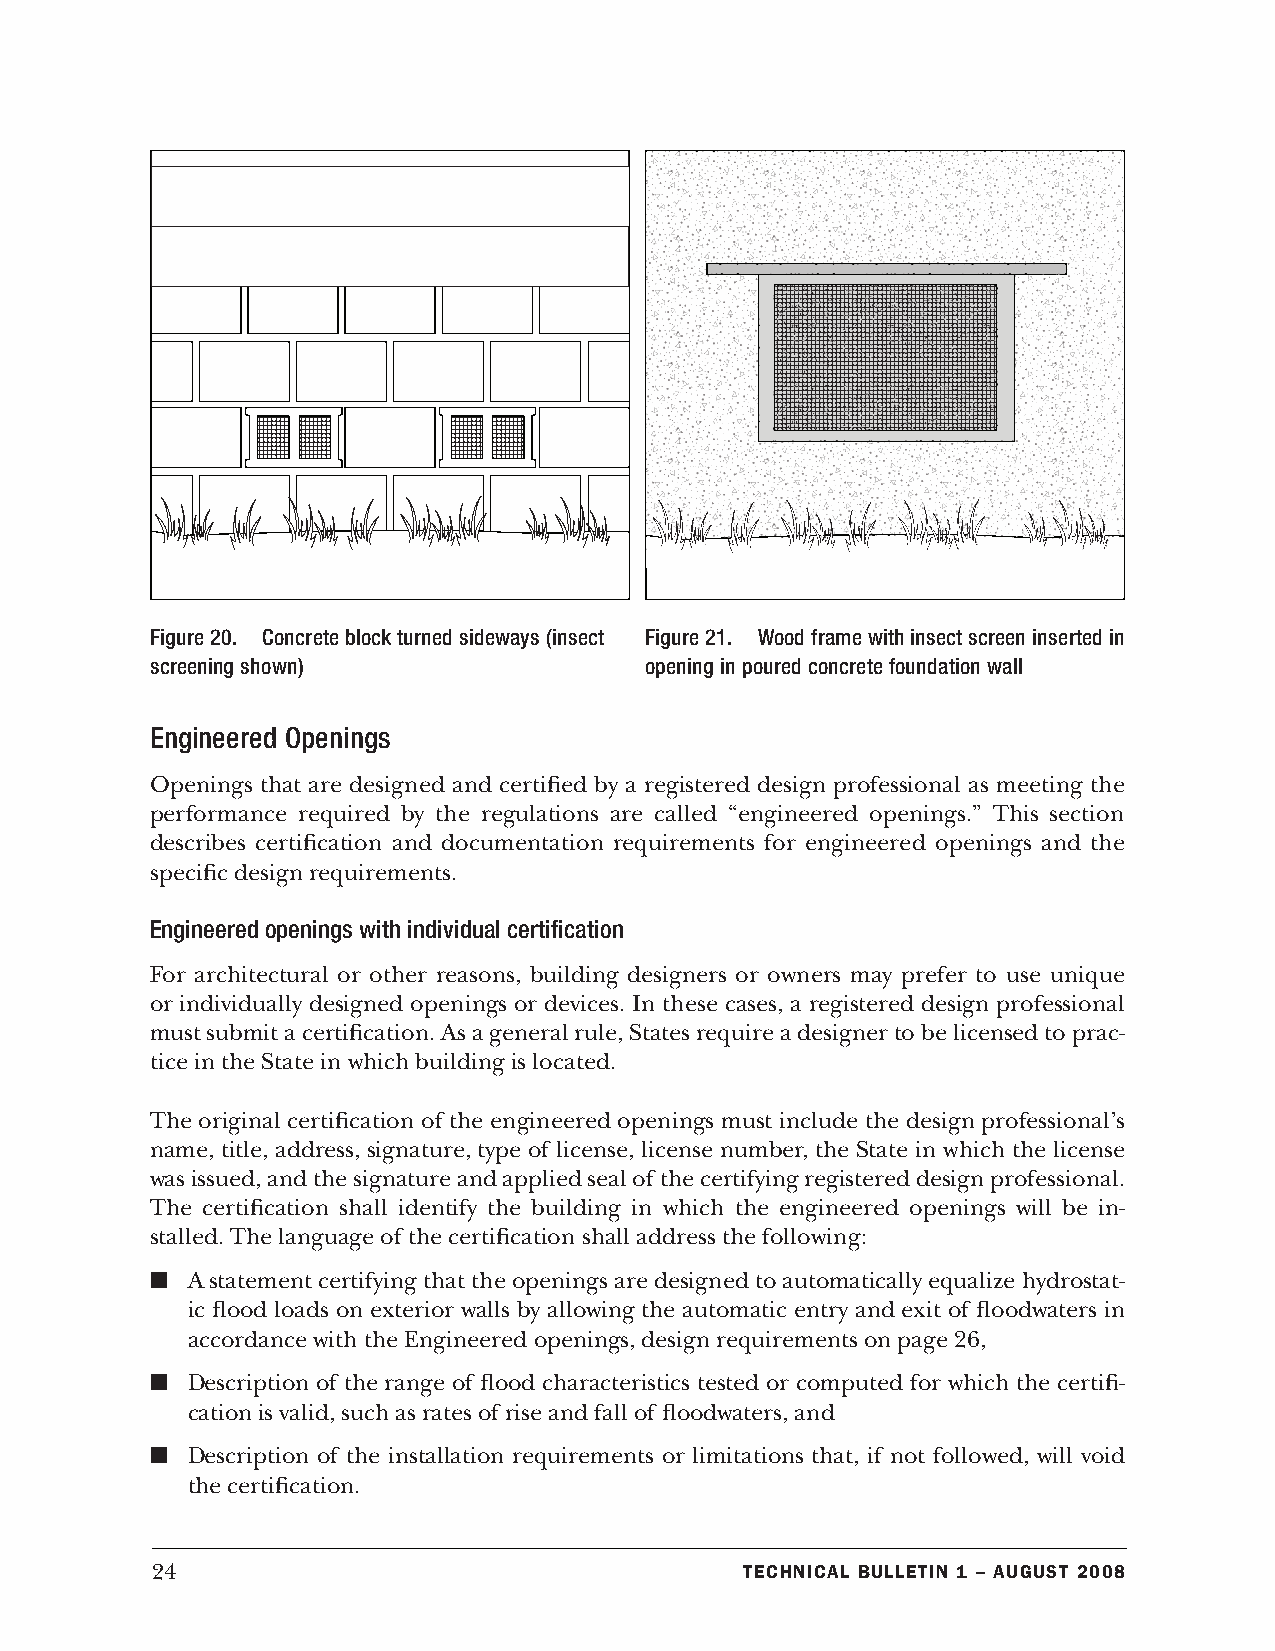
Figure 20. Concrete block turned sideways (insect Figure 21. Wood frame with insect screen inserted in
 screening shown)                 opening in poured concrete foundation wall
 Engineered Openings
 Openings that are designed and certified by a registered design professional as meeting the
 performance required by the regulations are called “engineered openings.” This section
 describes certification and documentation requirements for engineered openings and the
 specific design requirements.
 Engineered openings with individual certification
 For architectural or other reasons, building designers or owners may prefer to use unique
 or individually designed openings or devices. In these cases, a registered design professional
 must submit a certification. As a general rule, States require a designer to be licensed to prac-
 tice in the State in which building is located.
 The original certification of the engineered openings must include the design professional’s
 name, title, address, signature, type of license, license number, the State in which the license
 was issued, and the signature and applied seal of the certifying registered design professional.
 The certification shall identify the building in which the engineered openings will be in-
 stalled. The language of the certification shall address the following:
 n A statement certifying that the openings are designed to automatically equalize hydrostat-
 ic flood loads on exterior walls by allowing the automatic entry and exit of floodwaters in
 accordance with the Engineered openings, design requirements on page 26,
 n Description of the range of flood characteristics tested or computed for which the certifi-
 cation is valid, such as rates of rise and fall of floodwaters, and
 n Description of the installation requirements or limitations that, if not followed, will void
 the certification.
 24                                     Technical BulleTin 1 – augusT 2008